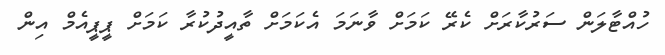
ހުއްޓާލަން ސަރުކާރަށް ކެރޭ ކަމަށް ވާނަމަ އެކަމަށް ތާއީދުކުރާ ކަމަށް ޕީޕީއެމް އިން